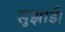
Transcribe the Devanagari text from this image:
सुझाई।